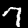
Digit: 7